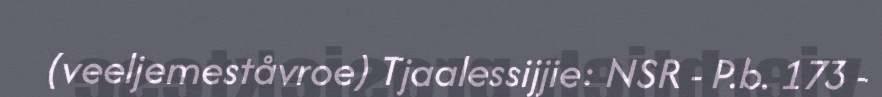
(veeljemeståvroe) Tjaalessijjie: NSR - P.b. 173 -